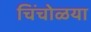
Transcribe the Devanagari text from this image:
चिंचोळया